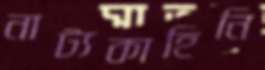
নাট্যকাহিনি